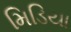
મિડિયા